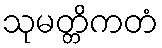
သုမတ္တိကတံ